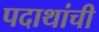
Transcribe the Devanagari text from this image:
पदाथांची